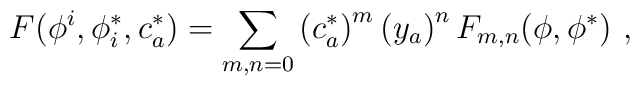
F(\phi^i ,\phi ^*_i, c^*_a)=\sum_{m,n=0} \left( c^*_a\right) ^m \left(y_a\right)^n F_{m,n}(\phi ,\phi ^*)\ ,